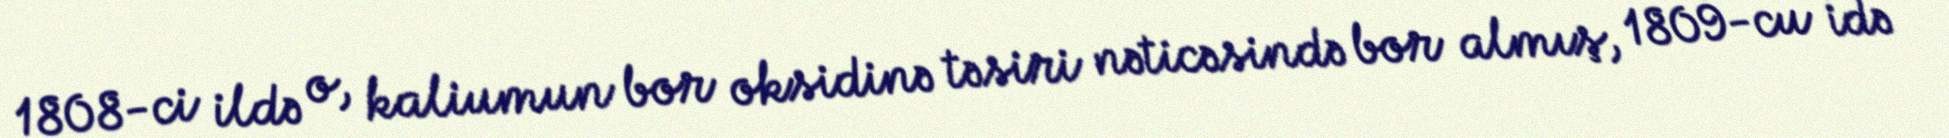
1808-ci ildə o, kaliumun bor oksidinə təsiri nəticəsində bor almış, 1809-cu idə